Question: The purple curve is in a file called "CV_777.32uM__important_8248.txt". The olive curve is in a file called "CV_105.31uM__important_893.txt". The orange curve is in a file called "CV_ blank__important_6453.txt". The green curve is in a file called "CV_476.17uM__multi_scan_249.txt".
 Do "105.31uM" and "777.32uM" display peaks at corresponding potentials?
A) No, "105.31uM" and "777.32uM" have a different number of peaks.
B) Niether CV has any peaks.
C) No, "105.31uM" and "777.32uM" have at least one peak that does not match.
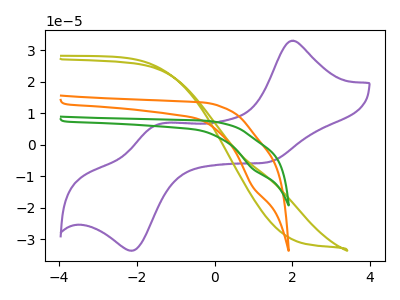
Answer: <think>The purple curve "777.32uM" has anodic peaks at (1.95V, 33.10uA) (-1.45V, 6.45uA) and cathodic peaks at (1.30V, -5.70uA) (-2.10V, -33.70uA). The olive curve "105.31uM" has no peaks. The orange curve " blank" has a cathodic peak at: (1.00V, -13.30uA). The green curve "476.17uM" has a cathodic peak at: (1.00V, -7.60uA).</think>
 <answer>A) No, "105.31uM" and "777.32uM" have a different number of peaks.</answer>
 <eval>A</eval>